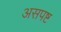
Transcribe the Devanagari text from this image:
असपष्ट